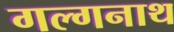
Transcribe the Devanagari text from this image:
गल्गनाथ